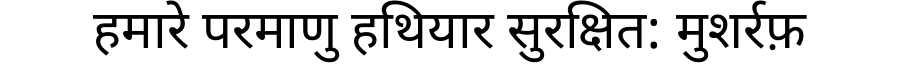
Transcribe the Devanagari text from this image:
हमारे परमाणु हथियार सुरक्षित: मुशर्रफ़